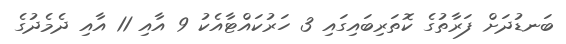
ބަނޑުދަށް ފަރާތުގެ ކޮތަރިބައިގައި 3 ހަރުކައްޓާއެކު 9 އާއި 11 އާއި ދެމެދުގެ